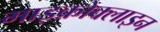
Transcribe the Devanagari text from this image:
माइक्रोक्लाइन